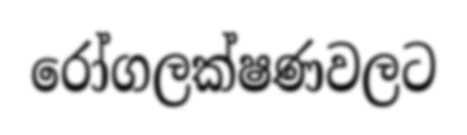
රෝගලක්ෂණවලට